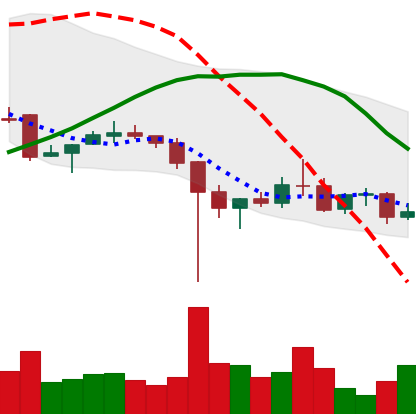
Ticker: XRP-USD
Chart end date: 2021-12-14
Forward return: 4.871%
Label: up_3_5